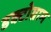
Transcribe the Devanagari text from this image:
डक्टोग्राम